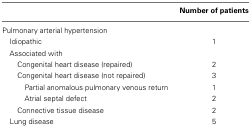
|  | Number of patients |
 | --- | --- |
 | Pulmonary arterial hypertension |
 | Idiopathic | 1 |
 | Associated with |
 | Congenital heart disease (repaired) | 2 |
 | Congenital heart disease (not repaired) | 3 |
 | Partial anomalous pulmonary venous return | 1 |
 | Atrial septal defect | 2 |
 | Connective tissue disease | 2 |
 | Lung disease | 5 |